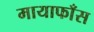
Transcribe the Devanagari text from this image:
मायाफाँस